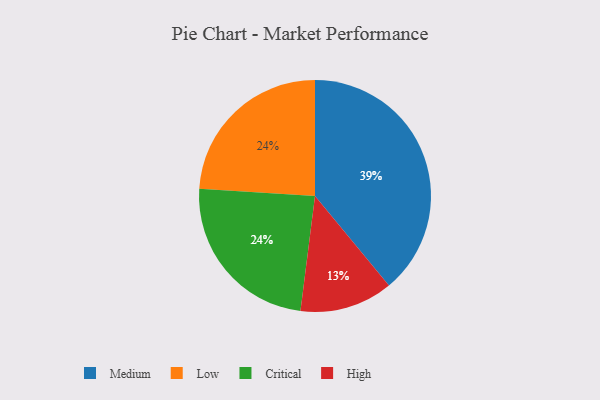
{"axis": {"x": "Category", "y": "Percentage"}, "legend": ["Critical", "High", "Low", "Medium"], "data": [{"x": "Low", "y": 24, "type": "Low"}, {"x": "Critical", "y": 24, "type": "Critical"}, {"x": "High", "y": 13, "type": "High"}, {"x": "Medium", "y": 39, "type": "Medium"}]}